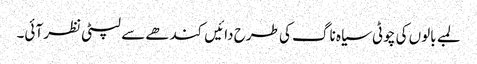
لمبے بالوں کی چوٹی سیاہ ناگ کی طرح دائیں کندھے سے لپٹی نظر آئی۔